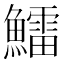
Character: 鱩